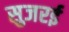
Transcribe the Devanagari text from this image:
सुजरई